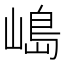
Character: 𡻅